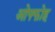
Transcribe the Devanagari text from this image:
ओफ्फोह